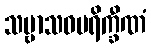
သဗ္ဗာသဝပရိက္ခီဏံ